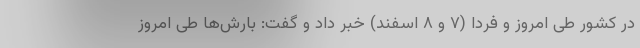
در کشور طی امروز و فردا (۷ و ۸ اسفند) خبر داد و گفت: بارش‌ها طی امروز